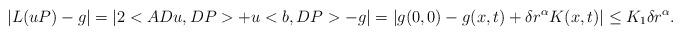
LaTeX: \begin{align*}|L(uP)-g|= | 2<ADu, DP> + u<b,DP> - g|=|g(0,0) - g(x,t) + \delta r^{\alpha} K(x,t)| \leq K_1 \delta r^{\alpha}.\end{align*}